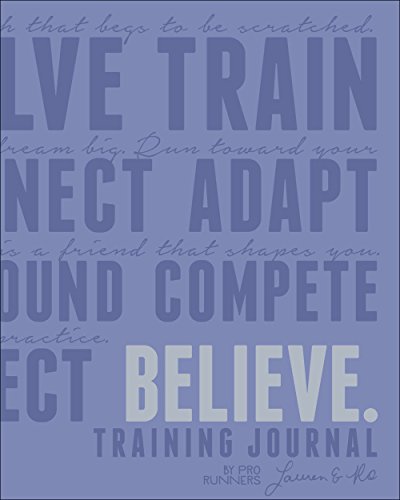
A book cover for Believe Training Journal (Lavender Edition); Lauren Fleshman; Health, Fitness & Dieting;